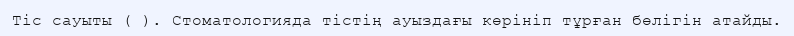
Тіс сауыты ( ). Стоматологияда тістің ауыздағы көрініп тұрған бөлігін атайды.